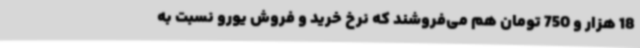
18 هزار و 750 تومان هم می‌فروشند که نرخ خرید و فروش یورو نسبت به